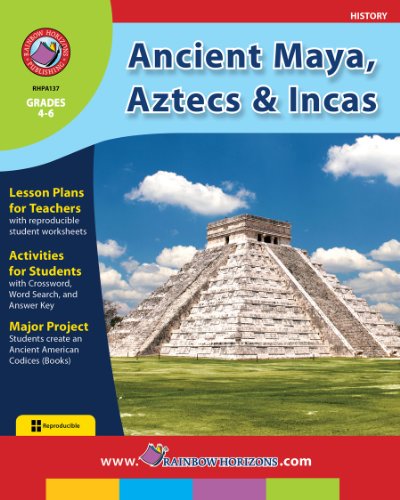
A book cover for Ancient Maya, Aztecs & Incas (History: Grades 4-6); Marci Haines; History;